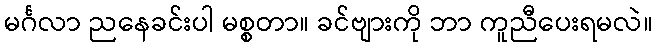
မင်္ဂလာ ညနေခင်းပါ မစ္စတာ။ ခင်ဗျားကို ဘာ ကူညီပေးရမလဲ။